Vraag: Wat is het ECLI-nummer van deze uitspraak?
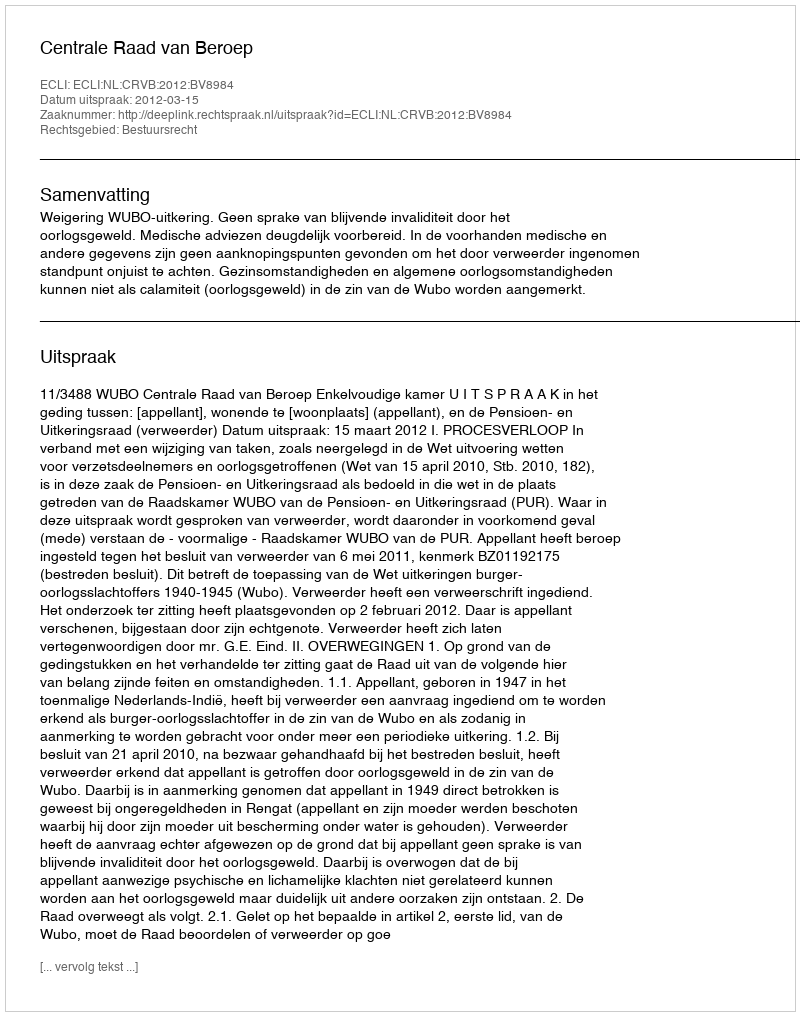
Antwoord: ECLI:NL:CRVB:2012:BV8984